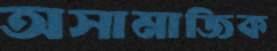
অসামাজিক